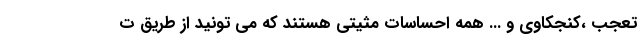
تعجب ،کنجکاوی و ... همه احساسات مثیتی هستند که می تونید از طریق ت